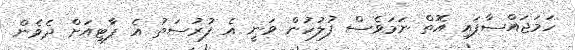
ހަމަޖައްސާފައި އޮތް ނަމަވެސް ފުލުހުން ވަނީ އެ ފުރުސަތު އެ ޕާޓީއަށް ދެވެން